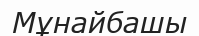
Мұнайбашы